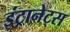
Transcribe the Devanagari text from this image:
इंट्रानेट्स